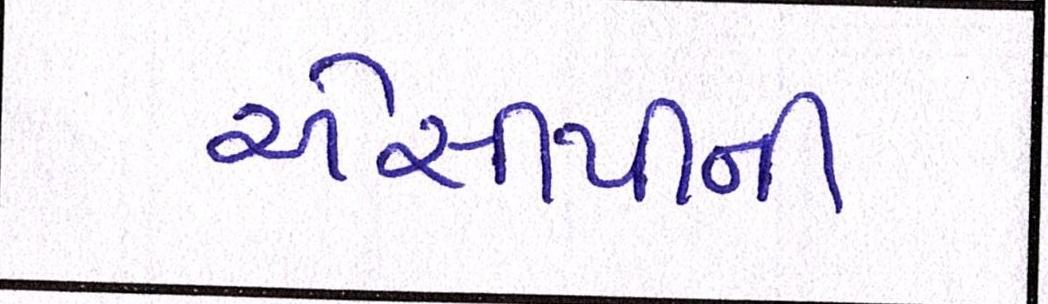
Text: એસીપીની